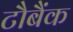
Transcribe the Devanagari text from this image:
टौबैंक